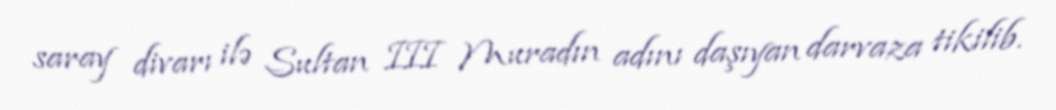
saray divarı ilə Sultan III Muradın adını daşıyan darvaza tikilib.